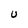
Character: U